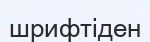
шрифтіден